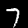
Digit: 7